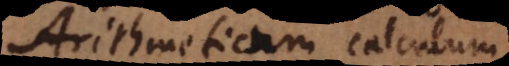
Arithmeticum calculum